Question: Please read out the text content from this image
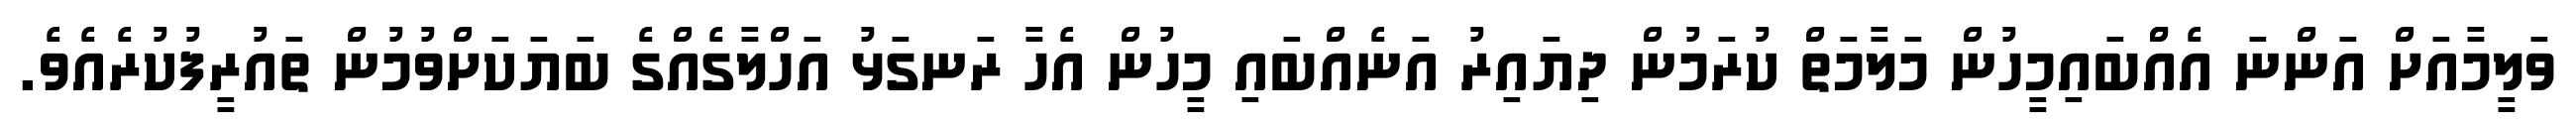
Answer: ވަލީމާއަށް އަންނަ އެއްްބައިމީހުން މަލާމަތް ކުރަމުން ދިޔައިރު އަނެއްބައި މީހުން އެހާ ރަނގަޅު އަހްލާގެއްގެ ބަޔަކަށްވުމުން ތައުރީފުކުރެއެވެ.